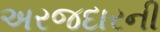
અરજદારની